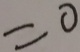
= 0